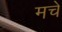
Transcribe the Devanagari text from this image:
मचे